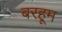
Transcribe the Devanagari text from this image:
बरहूम